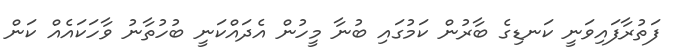
ފަތުރާފައިވަނީ ކަނޑިގެ ބާރުން ކަމުގައި ބުނާ މީހުން އެދައްކަނީ ބުހުތާނު ވާހަކައެއް ކަން